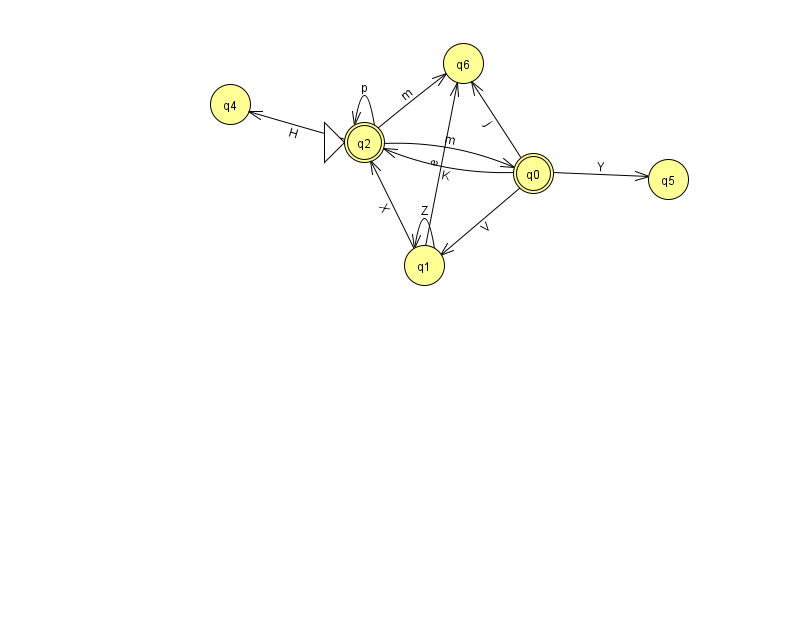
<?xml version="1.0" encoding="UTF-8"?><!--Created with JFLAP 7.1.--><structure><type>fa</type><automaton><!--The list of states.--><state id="0" name="q0"><x>533.0</x><y>160.0</y><final/></state><state id="1" name="q1"><x>424.0</x><y>252.0</y></state><state id="2" name="q2"><x>364.0</x><y>129.0</y><initial/><final/></state><state id="4" name="q4"><x>230.0</x><y>91.0</y></state><state id="5" name="q5"><x>668.0</x><y>166.0</y></state><state id="6" name="q6"><x>463.0</x><y>50.0</y></state><!--The list of transitions.--><transition><from>2</from><to>2</to><read>p</read></transition><transition><from>0</from><to>5</to><read>Y</read></transition><transition><from>1</from><to>2</to><read>X</read></transition><transition><from>1</from><to>6</to><read>e</read></transition><transition><from>1</from><to>1</to><read>Z</read></transition><transition><from>2</from><to>0</to><read>m</read></transition><transition><from>2</from><to>4</to><read>H</read></transition><transition><from>0</from><to>1</to><read>V</read></transition><transition><from>0</from><to>2</to><read>K</read></transition><transition><from>0</from><to>6</to><read>j</read></transition><transition><from>2</from><to>6</to><read>m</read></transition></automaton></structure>